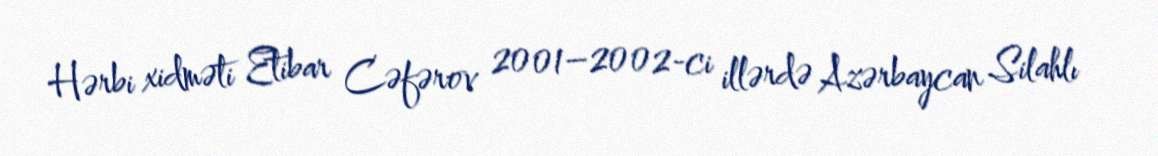
Hərbi xidməti Etibar Cəfərov 2001–2002-ci illərdə Azərbaycan Silahlı